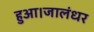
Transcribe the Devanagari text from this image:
हुआ।जालंधर